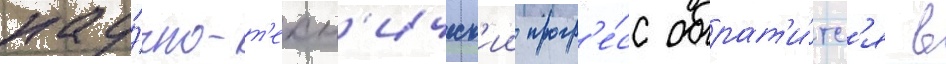
нау́чно-т'ехн'ическ'ии прогр'е́сс обрат'и́тс'я в